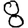
Digit: 8